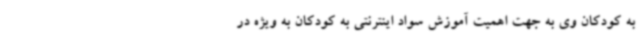
به کودکان وی به جهت اهمیت آموزش سواد اینترنتی به کودکان به ویژه در